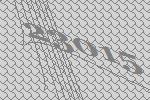
23015